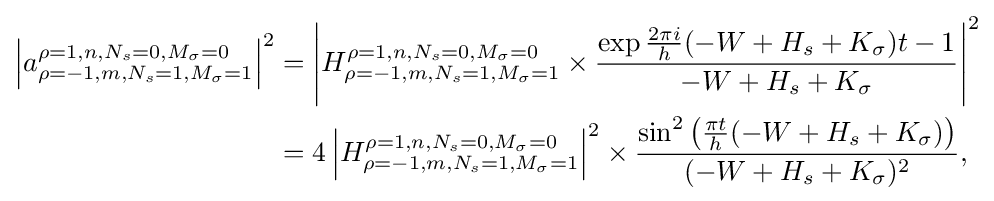
{\begin{aligned}\left|a_{\rho =-1,m,N_{s}=1,M_{\sigma }=1}^{\rho =1,n,N_{s}=0,M_{\sigma }=0}\right|^{2}&=\left|H_{\rho =-1,m,N_{s}=1,M_{\sigma }=1}^{\rho =1,n,N_{s}=0,M_{\sigma }=0}\times {\frac {\exp {{\frac {2\pi i}{h}}(-W+H_{s}+K_{\sigma })t}-1}{-W+H_{s}+K_{\sigma }}}\right|^{2}\\&=4\left|H_{\rho =-1,m,N_{s}=1,M_{\sigma }=1}^{\rho =1,n,N_{s}=0,M_{\sigma }=0}\right|^{2}\times {\frac {\sin ^{2}\left({\frac {\pi t}{h}}(-W+H_{s}+K_{\sigma })\right)}{(-W+H_{s}+K_{\sigma })^{2}}},\end{aligned}}